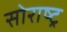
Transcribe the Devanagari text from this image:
सोराष्ट्र